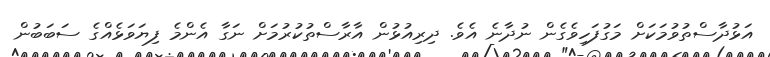
އަޅުދާސްތުވުމަކަށް މަގުފަހިވެގެން ނުދާނެ އެވެ. ދިރިއުޅުން އާރާސްތުކުރުމަށް ނަގާ އެންމެ ފިޔަވަޅެއްގެ ސަބަބުން